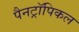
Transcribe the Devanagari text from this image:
पैनट्रॉपिकल